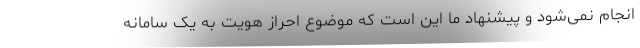
انجام نمی‌شود و پیشنهاد ما این است که موضوع احراز هویت به یک سامانه